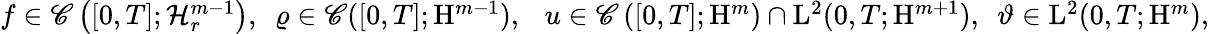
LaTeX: \begin{array}{r}{f\in\mathscr{C}\left([0,T];\mathcal{H}_{r}^{m-1}\right),\ \ \varrho\in\mathscr{C}([0,T];\mathrm{H}^{m-1}),\ \ \ u\in\mathscr{C}\left([0,T];\mathrm{H}^{m}\right)\cap\mathrm{L}^{2}(0,T;\mathrm{H}^{m+1}),\ \ \vartheta\in\mathrm{L}^{2}(0,T;\mathrm{H}^{m}),}\end{array}